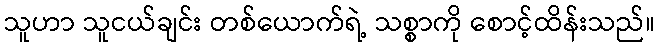
သူဟာ သူငယ်ချင်း တစ်ယောက်ရဲ့ သစ္စာကို စောင့်ထိန်းသည်။